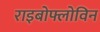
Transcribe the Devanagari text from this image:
राइबोफ्लोविन